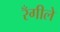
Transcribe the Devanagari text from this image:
रँगीले